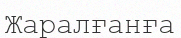
Жаралғанға